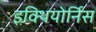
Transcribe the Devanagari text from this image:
इक्थियोर्निस